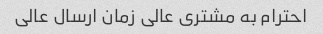
احترام به مشتری عالی زمان ارسال عالی